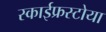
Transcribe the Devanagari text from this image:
स्काईफ्रस्टोया